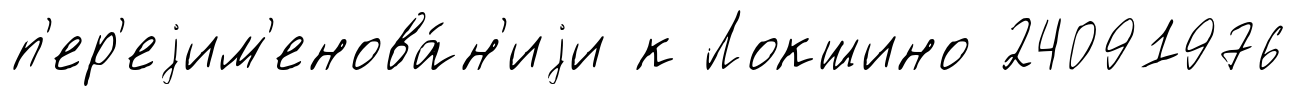
п'ер'еjим'енова́н'иjи к Локшино 24091976